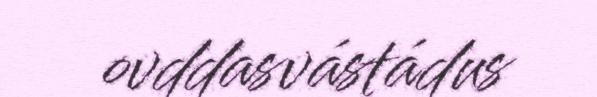
ovddasvástádus